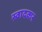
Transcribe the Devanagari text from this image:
स्वादकर